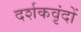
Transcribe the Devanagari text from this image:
दर्शकवृंदों